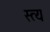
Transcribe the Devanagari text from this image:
स्त्य